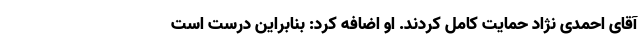
آقای احمدی نژاد حمایت کامل کردند. او اضافه کرد: بنابراین درست است